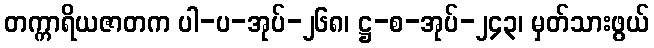
တက္ကာရိယဇာတက ပါ-ပ-အုပ်-၂၆၈၊ ဋ္ဌ-စ-အုပ်-၂၄၃၊ မှတ်သားဖွယ်